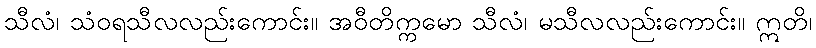
သီလံ၊ သံဝရသီလလည်းကောင်း။ အဝီတိက္ကမော သီလံ၊ မသီလလည်းကောင်း။ ဣတိ၊